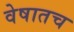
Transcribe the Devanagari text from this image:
वेषातच